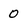
Character: 0